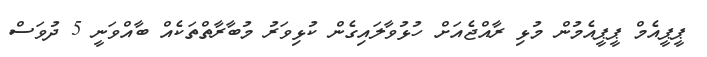
ޕީޕީއެމް ޕީޕީއެމުން މުޅި ރާއްޖެއަށް ހުޅުވާލައިގެން ކުޅިވަރު މުބާރާތްތަކެއް ބާއްވަނީ 5 ދުވަސް